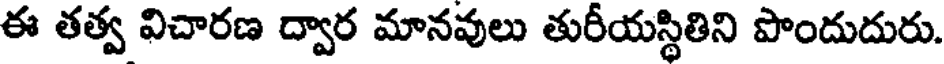
ఈ తత్వ విచారణ ద్వార మానవులు తురీయస్థితిని పొందుదురు.